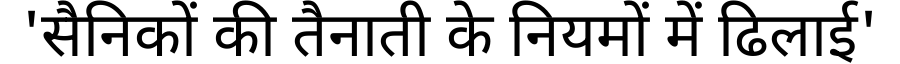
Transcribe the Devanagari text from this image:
'सैनिकों की तैनाती के नियमों में ढिलाई'